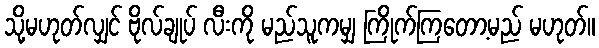
သို့မဟုတ်လျှင် ဗိုလ်ချုပ် လီးကို မည်သူကမျှ ကြိုက်ကြတော့မည် မဟုတ်။